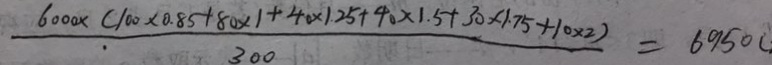
\frac { 6 0 0 0 \times ( 1 0 0 \times 0 . 8 5 + 8 0 \times 1 + 4 0 \times 1 . 2 5 + 4 0 \times 1 . 5 + 3 0 \times 1 . 7 5 + 1 0 \times 2 ) } { 3 0 0 } = 6 9 5 0 (